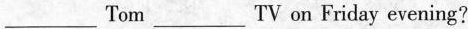
___Tom___TV on Friday evening?